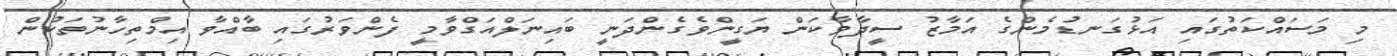
މި މަސައްކަތުގައި އަޅުގަނޑުމެންގެ އަމާޒު ސީދާވާކަން ޔަގީންވެގެންދަނީ ބައިނަލްއަގްވާމީ ފެންވަރުގައި ބާއްވާ އިމްތިހާނުތަކުން